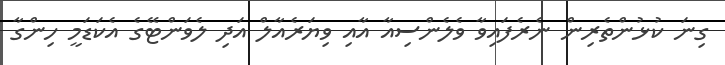
ގިނަ ކުޅުންތެރިން ނެރެފައިވާ ވެލެންސިއާ އާއި ވިޔަރެއާލް އަދި ލެވަންޓޭގެ އެކަޑަމީ ހިންގާ